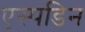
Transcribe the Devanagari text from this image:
एस्पडिन